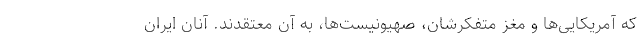
که آمریکایی‌ها و مغز متفکرشان، صهیونیست‌ها، به آن معتقدند. آنان ایران